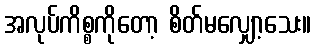
အလုပ်ကိစ္စကိုတော့ စိတ်မလျှော့သေး။